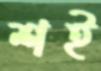
শই